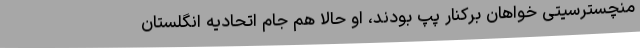
منچسترسیتی خواهان برکنار پپ بودند، او حالا هم جام اتحادیه انگلستان